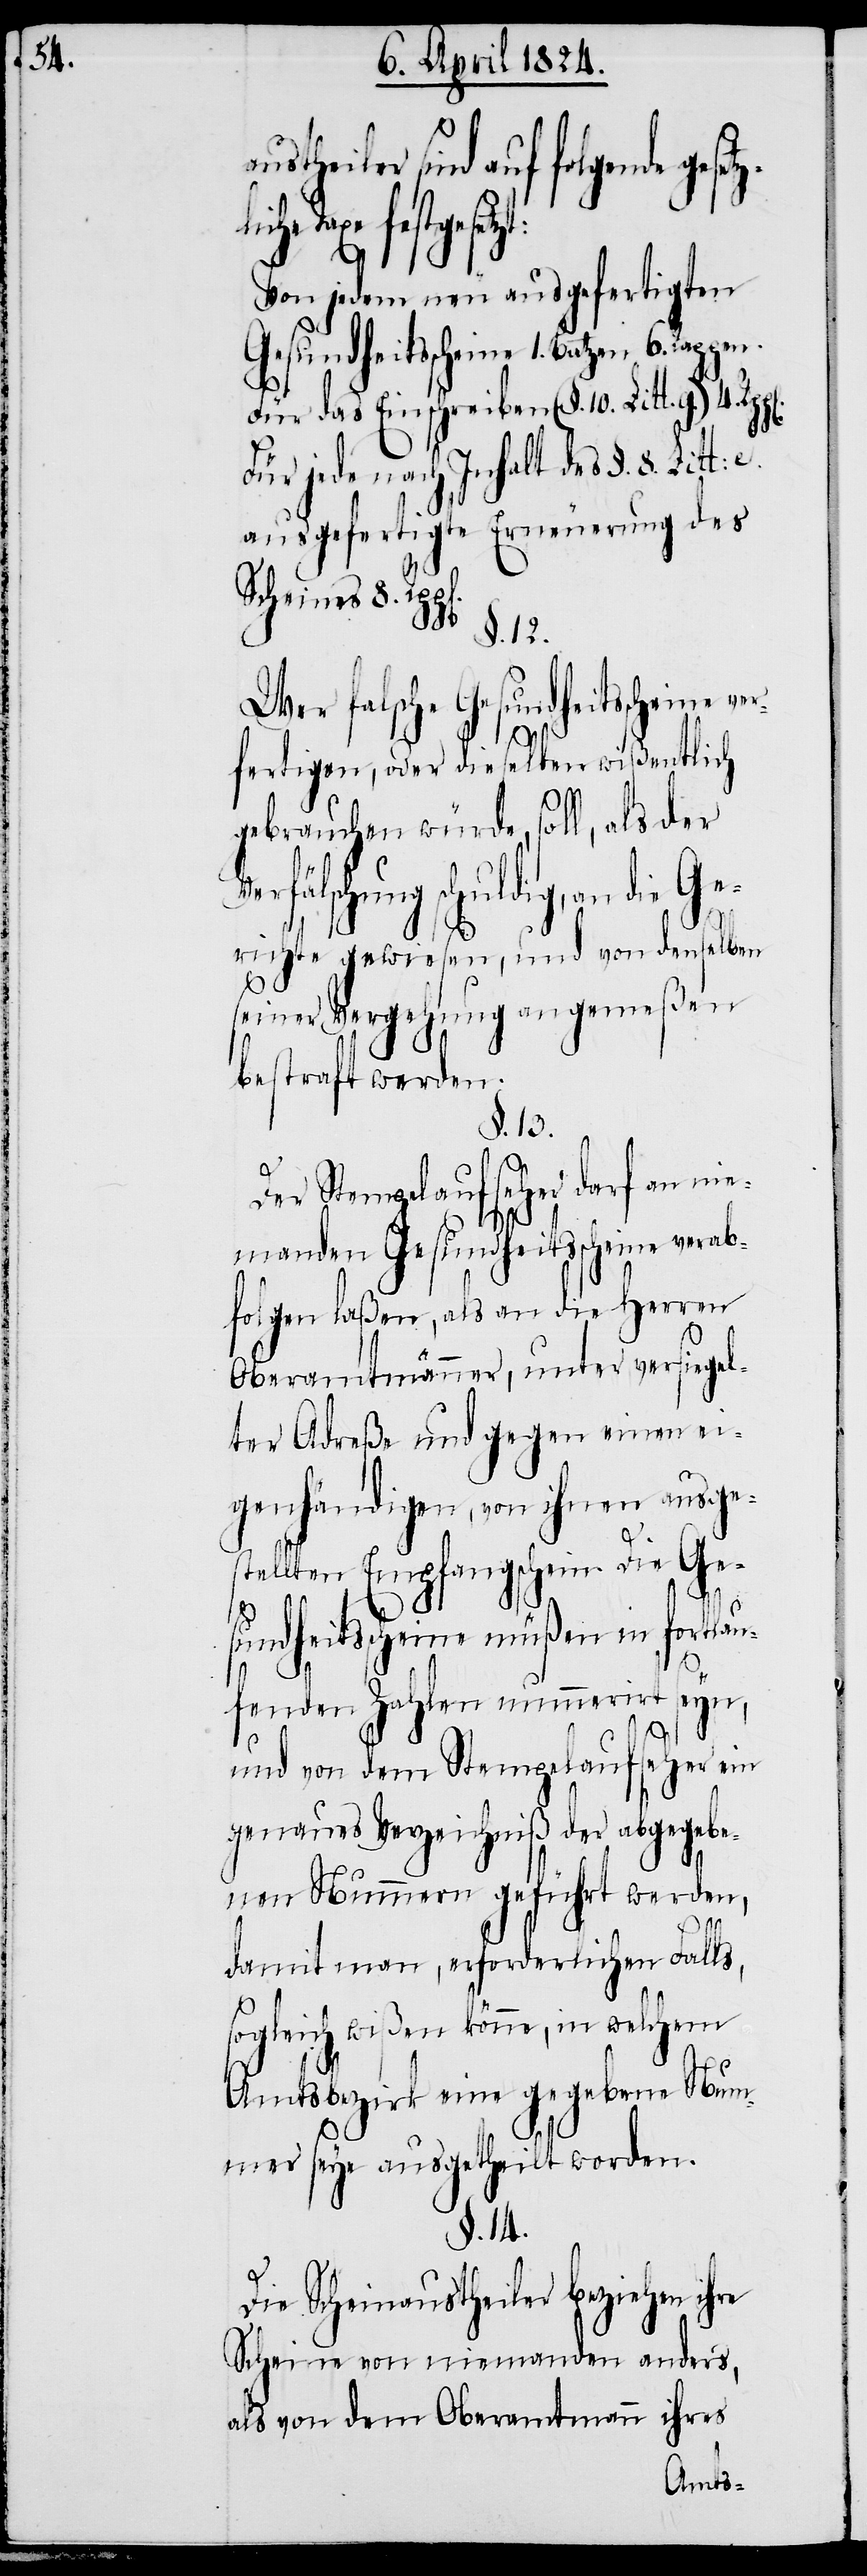
au¬

stheiler sind auf folgende
festgesetzt:
Von jedem neu ausgefertigten
Gesundheitsscheine 1. Batzen
Für das Einschreiben (§. 10. Litt.
Für jede nach Inhalt des §. 8. Litt.
ausgefertigte Erneuerung des
Scheines 8.
§.12.
Wer falsche Gesundheitsscheine ve¬
Verf¬
rfertigen, oder dieselben wißentlich
gebrauchen würde, soll, als der
älschung schuldig, an die
Gerichte gewiesen, und von denselben
seiner Vergehung angemeßen
bestraft werden.
§. 13.
Der Stempelaufseher darf an nie¬
manden Gesundheitsscheine verab¬
folgen laßen, als an die Herren
Oberamtmänner, unter versiegel¬
ter Adreße und gegen einen ei¬
genhändigen, von ihnen ausge¬
stellten Empfangschein. Die Ge¬
sundheitsscheine müßen in fortlau¬
fenden Zahlen nummeriert seyn,
und von dem Stempelaufseher ein
genaues Verzeichniß der abgegebe¬
nen Nummern geführt werden,
damit man, erforderlichen Falls,
sogleich wißen könne, in welchem
Amtsbezirk eine gegebene Num¬
mer seye ausgetheilt worden.
§. 14.
Die Scheinaustheiler beziehen ihre
Scheine von niemanden anders
als, von dem Oberamtmann ihres